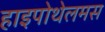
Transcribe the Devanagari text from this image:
हाइपोथेलमस